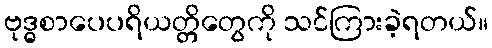
ဗုဒ္ဓစာပေပရိယတ္တိတွေကို သင်ကြားခဲ့ရတယ်။